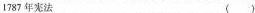
1787年宪法（）